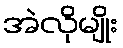
အဲလိုမျိုး